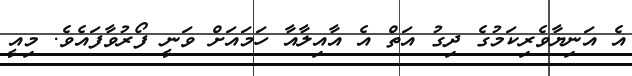
އެ އަނިޔާވެރިކަމުގެ ދިގު އަތް އެ އާއިލާއާ ހަމައަށް ވަނީ ފޯރުވާފައެވެ. މިއީ